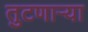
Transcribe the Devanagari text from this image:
तुटणाऱ्या